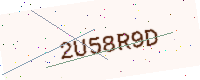
Text: 2U58R9D